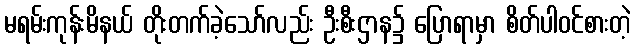
မရမ်းကုန်းမိနယ် တိုးတက်ခဲ့သော်လည်း ဦးစီးဌာန၌ ပြောရာမှာ စိတ်ပါဝင်စားတဲ့